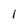
Character: 1